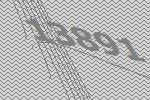
13891